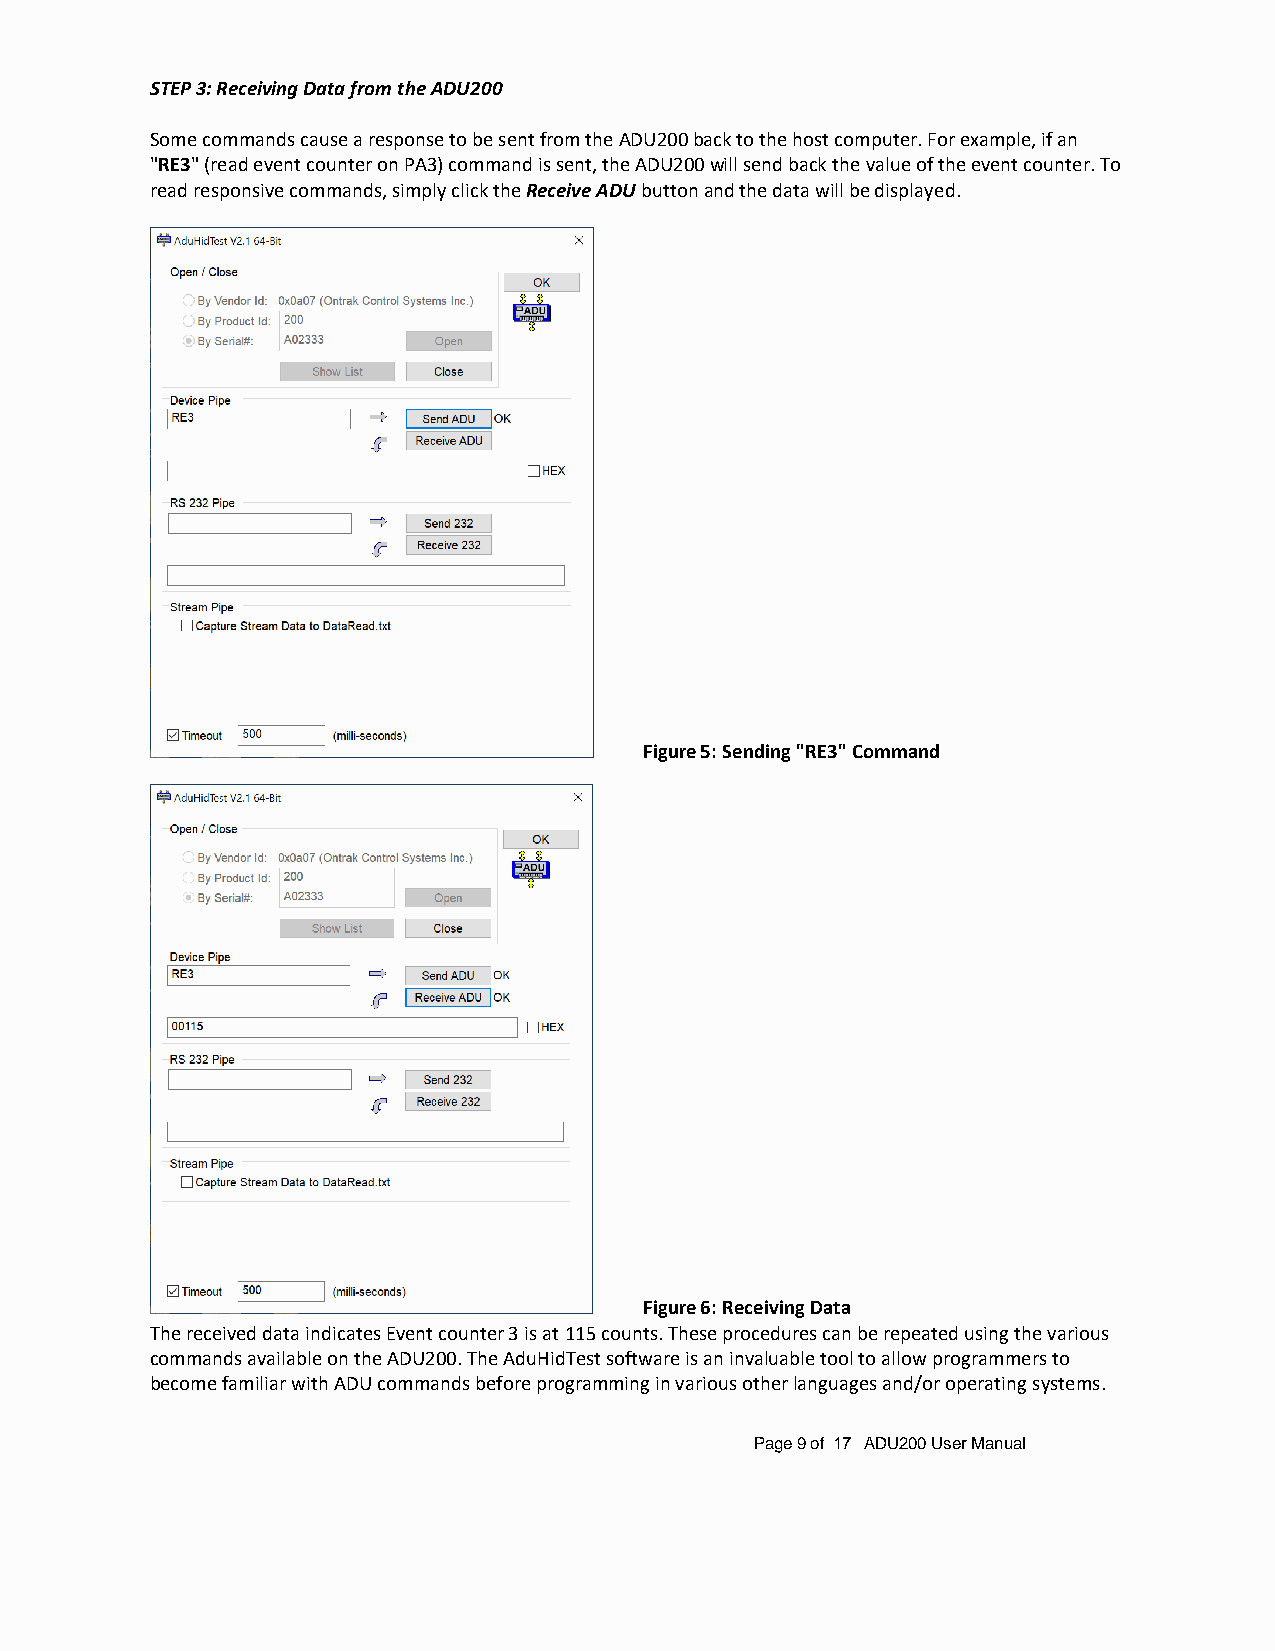
STEP 3: Receiving Data from the ADU200
 Some commands cause a response to be sent from the ADU200 back to the host computer. For example, if an
 "RE3" (read event counter on PA3) command is sent, the ADU200 will send back the value of the event counter. To
 read responsive commands, simply click the Receive ADU button and the data will be displayed.
 Figure 5: Sending "RE3" Command
 Figure 6: Receiving Data
 The received data indicates Event counter 3 is at 115 counts. These procedures can be repeated using the various
 commands available on the ADU200. The AduHidTest software is an invaluable tool to allow programmers to
 become familiar with ADU commands before programming in various other languages and/or operating systems.
 Page 9 of 17 ADU200 User Manual